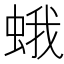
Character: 蛾